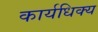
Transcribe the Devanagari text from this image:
कार्यधिक्य